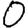
Digit: 0